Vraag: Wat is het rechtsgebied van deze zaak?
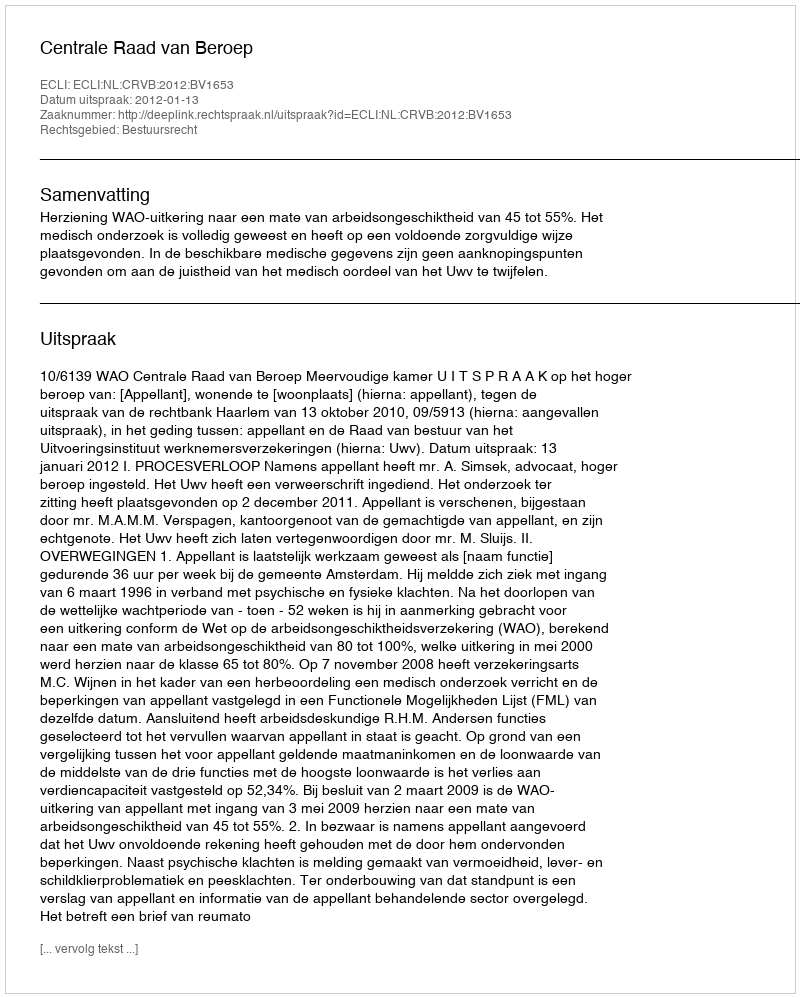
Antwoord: Bestuursrecht